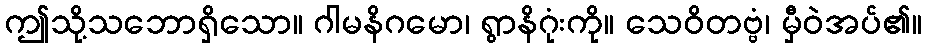
ဤသို့သဘောရှိသော။ ဂါမနိဂမော၊ ရွာနိဂုံးကို။ သေဝိတဗ္ဗံ၊ မှီဝဲအပ်၏။